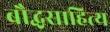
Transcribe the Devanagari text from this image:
बौद्धसाहित्य